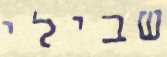
שבילי